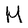
Character: M